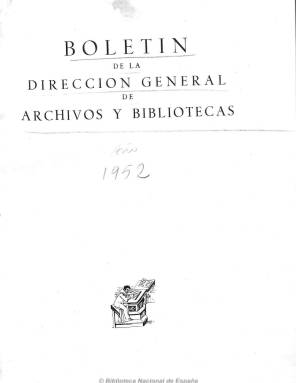
Título: Boletín de la Dirección General de Archivos y Bibliotecas
Otros títulos: Boletín (Dirección General de Archivos y Bibliotecas) || Boletín
Colección: Archivos, bibliotecas y museos
Ámbito geográfico: Valencia
Lugar de publicación: Madrid
Fechas: 01/04/1952-31/12/1974

Publicación oficial de este organismo, creado por ley de 25 de agosto de 1939 y dependiente del Ministerio de Educación (entonces, Nacional), que comienza a publicarse el uno de abril de 1952 siendo titular del departamento Joaquín Ruiz Giménez. Su director será el director general del organismo, que en aquel momento es Francisco Sintes Obrador, y el editor el Servicio de Publicaciones del ministerio. Comienza cada número con un editorial, y en el primero señala –además de otros aspectos ideológicos culturales del régimen político dictatorial en el que nace- que “aspira a llenar la función de orientación, estímulo e información entre el personal” de estos establecimientos públicos.

En sus entregas, cuya periodicidad estará en torno a la bimestral, así como su paginación lo estará entre la treintena y más del centenar y medio de páginas, dará cuenta de la actividad oficial y administrativa en relación con el libro, las bibliotecas y los archivos y la del personal y profesionales adscritos a los mismos. Contará con secciones, como Nuestros centros, en donde irá describiendo cada uno de ellos, su nacimiento, fondos, personal, actividades, uso, etc. de las bibliotecas y archivos nacionales, provinciales, municipales o universitarios; Quién es cada cual, semblanzas biográficas de los principales y más destacados profesionales; Extensión cultural, Noticias bibliográficas, Miscelánea, Legislación o Bibliografía, que más adelante irá aumentando con otras bajo los epígrafes Estudios, Biblioteca Nacional, Noticias de la Unesco, Depósito Legal, Servicio Nacional de Lectura, Casas de Cultura; Propiedad Intelectual, cuya sección llega a tener también tirada a parte con su propia numeración; Documentación (esta a partir de 1961) y otra sección con el título Boletín de la Asociación Profesional Española de Traductores e Intérpretes.

Además de información general, crónicas, reportajes y estadísticas sobre asuntos bibliotecarios y archivísticos españoles y extranjeros, publica artículos técnicos, de investigación y erudición sobre estas materias, y sobre catálogos, fondos especiales, bibliografía y biblioteconomía, diplomática, reuniones, conferencias y congresos, exposiciones, memorias, discursos, premios literarios y de investigación, autores, centros, institutos y escuelas superiores de estudios, producción editorial, cuerpos facultativo y auxiliar, cursos, proyectos, bibliografía y asociaciones profesionales o movimiento del Instituto Bibliográfico Hispánico. Impresa el papel couché, inserta numerosas fotografías sobre los asuntos tratados en sus informaciones y reportajes, como salas, arquitectura, colecciones y organización de los centros, así como grabados de fondos.

La redacción del boletín tuvo su sede en la Biblioteca Nacional de España y su número 27 (marzo y abril de 1955) está dedicado íntegramente a ella y es calificado como un “libro blanco” sobre este establecimiento. Contaba con un consejo de redacción, y en el primero estuvieron integrados, entre otros, José Luis Castillo Puche, Hipólito Escolar Sobrino, Francisco Esteve Barba, Justo García Morales, Gratiniano Nieto o Luis Sánchez Belda, que en 1968 será nombrado director general de Archivos y Bibliotecas. Sus colaboradores serán funcionarios del cuerpo facultativo y contará con redactores propios, como es el caso de Concha Fernández Luna, o de la Escuela de Documentalistas, que tendrá también aquí su sede.

Coincidiendo con la aplicación de una nueva estructura orgánica del Ministerio de Educación y Ciencia que lleva a la supresión de esta dirección general, el boletín dejará de editarse tras publicar su número 137-140 (mayo-diciembre de 1974). En esta entrega, además de incluir la relación completa de los integrantes en esa fecha de los cuerpos de facultativos y auxiliares de Archiveros, Bibliotecarios y Arqueólogos, inserta un índice alfabético de autores y materias de los contenidos de toda la colección de la revista, redactados por Milagros del Corral e Isabel Fonseca. Esta publicación será continuada por el Boletín de archivos (1978-1980), también incluido en esta Hemeroteca Digital.

Sobre estas mismas materias véase también la Revista de archivos, bibliotecas y museos (1871-1980), y los anuarios y el boletín que se publicaron en los intervalos en que aquélla dejo de editarse, correspondientes a los años 1881-1882, 1896 y 1934-1935, también incluidos en esta Hemeroteca Digital de la Biblioteca Nacional de España.